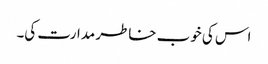
اس کی خوب خاطر مدارت کی۔